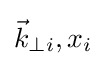
{\vec {k}}_{\perp i},x_{i}